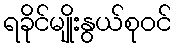
ရခိုင်မျိုးနွယ်စုဝင်